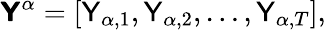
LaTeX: \boldsymbol{\mathsf{Y}}^{\alpha}=[\mathsf{Y}_{\alpha,1},\mathsf{Y}_{\alpha,2},\ldots,\mathsf{Y}_{\alpha,T}],